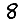
Digit: 8